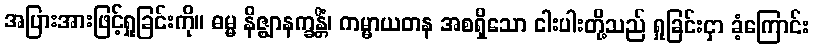
အပြားအားဖြင့်ရှုခြင်းကို။ ဓမ္မ နိဇ္ဈာနက္ခန္တိံ၊ ကမ္မာယတန အစရှိသော ငါးပါးတို့သည် ရှုခြင်းငှာ ခံ့ကြောင်း